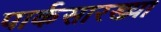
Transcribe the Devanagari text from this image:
पार्कसारख्या